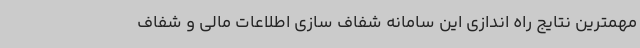
مهمترین نتایج راه اندازی این سامانه شفاف سازی اطلاعات مالی و شفاف